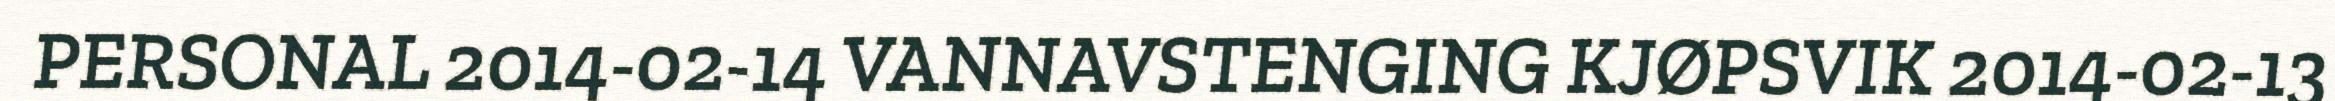
PERSONAL 2014-02-14 VANNAVSTENGING KJØPSVIK 2014-02-13